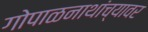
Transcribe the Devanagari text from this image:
गोपाळनाथांच्यावर